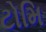
ટોમિ